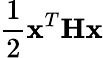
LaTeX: \frac{1}{2}\mathbf{x}^{T}\mathbf{H}\mathbf{x}